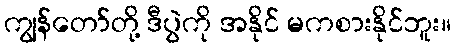
ကျွန်တော်တို့ ဒီပွဲကို အနိုင် မကစားနိုင်ဘူး။